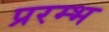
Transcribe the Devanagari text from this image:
प्ररम्भ